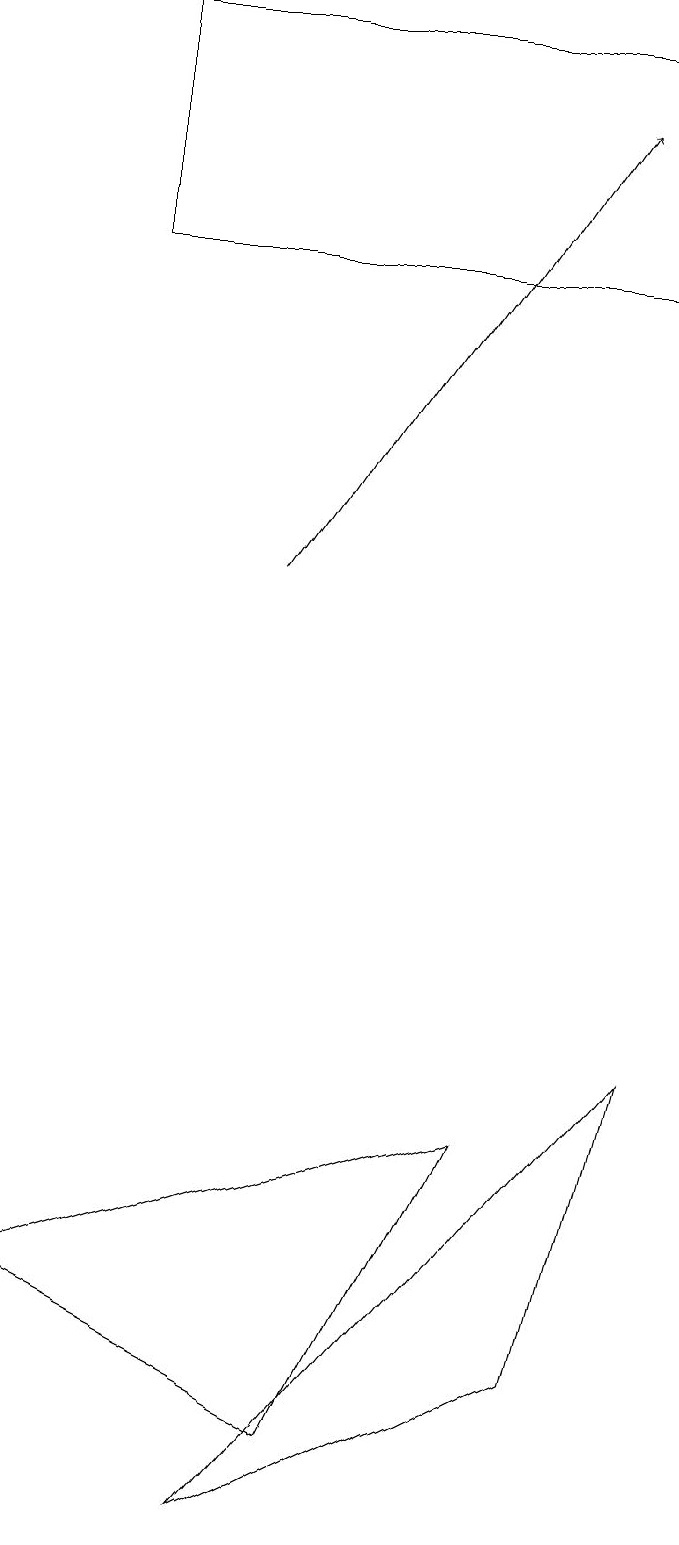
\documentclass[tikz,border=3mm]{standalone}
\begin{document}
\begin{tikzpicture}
\draw (1,3) -- (5,1) -- (7,5) -- cycle;
\draw[->] (4,12) -- (8,18);
\draw (9,6) -- (4,0) -- (8,2) -- cycle;
\draw (2,19) rectangle (9,16);
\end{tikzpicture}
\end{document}